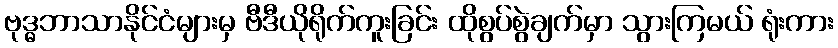
ဗုဒ္ဓဘာသာနိုင်ငံများမှ ဗီဒီယိုရိုက်ကူးခြင်း ထိုစွပ်စွဲချက်မှာ သွားကြမယ် ရုံးကား